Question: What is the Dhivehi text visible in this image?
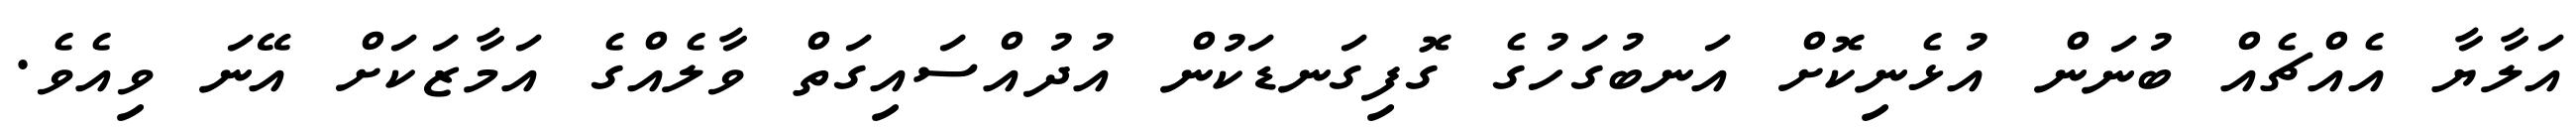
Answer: އަލާޔާ އެއްޗެއް ބުނަން އުޅެނިކޮށް އަނބުގަހުގެ ގޮފިގަނޑަކުން އުދުއްސައިގަތް ވާލެއްގެ އަމާޒަކަށް އޭނަ ވިއެވެ.